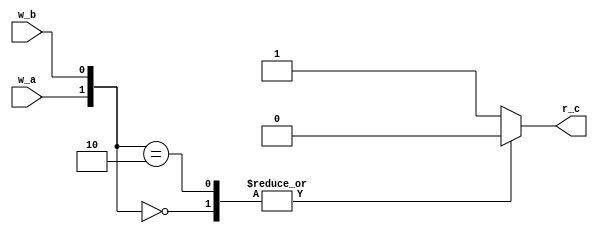
module m_main(w_a, w_b, r_c);
  input wire w_a, w_b;
  output reg r_c;
  always @(*) case ({w_a, w_b})
                2'b00  : r_c<=0;
                2'b01  : r_c<=1;
                2'b10  : r_c<=0;
                default: r_c<=1;
              endcase
endmodule